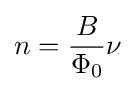
n={\frac {B}{\Phi _{0}}}\nu